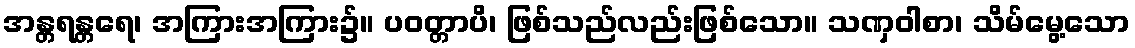
အန္တရန္တရေ၊ အကြားအကြား၌။ ပဝတ္တာပိ၊ ဖြစ်သည်လည်းဖြစ်သော။ သဏှဝါစာ၊ သိမ်မွေ့သော